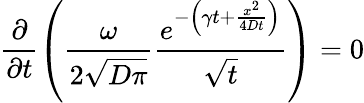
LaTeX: \frac{\partial}{\partial t}\left(\frac{\omega}{2\sqrt{D\pi}}\frac{e^{-\left(\gamma t+\frac{x^{2}}{4Dt}\right)}}{\sqrt{t}}\right)=0